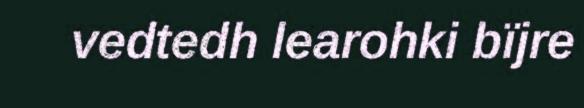
vedtedh learohki bïjre